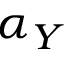
\alpha _ { Y }